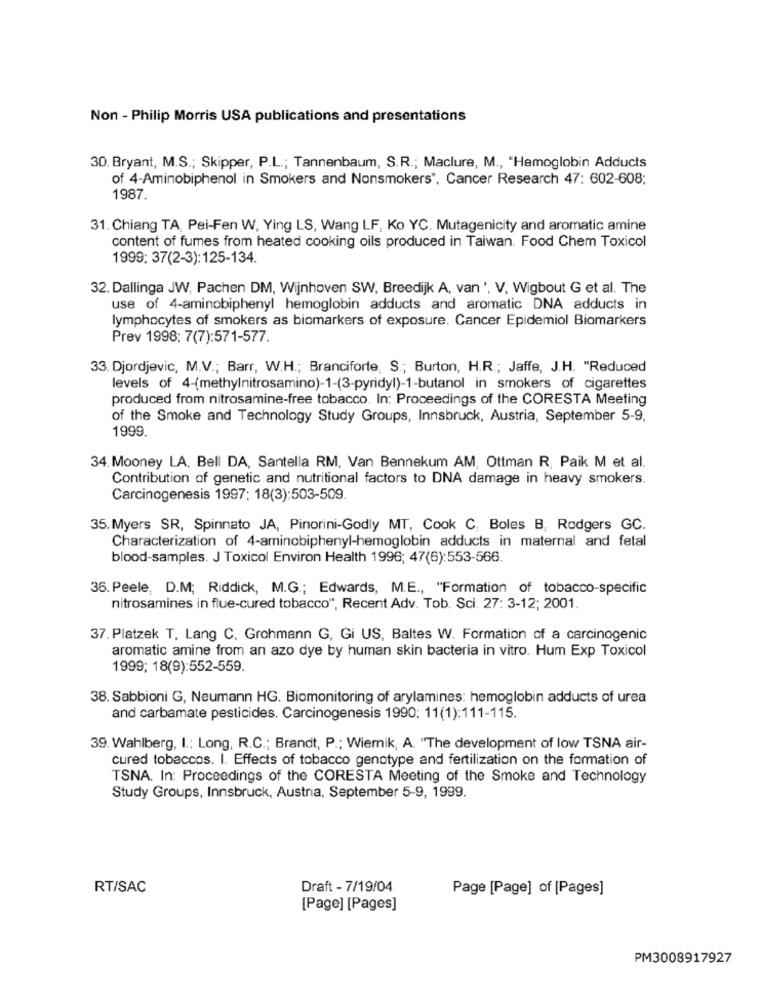
Non - Philip Morris USA publications and presentations
30. Bryant, M.S .; Skipper, P.L .; Tannenbaum, S.R .; Maclure, M ., "Hemoglobin Adducts
of 4-Aminobiphenol in Smokers and Nonsmokers", Cancer Research 47: 602-608;
1987.
31. Chiang TA, Pei-Fen W, Ying LS, Wang LF, Ko YC. Mutagenicity and aromatic amine
content of fumes from heated cooking oils produced in Taiwan. Food Chem Toxicol
1999: 37(2-3):125-134.
32. Dallinga JW, Pachen DM, Wijnhoven SW, Breedijk A, van ', V, Wigbout G et al. The
use of 4-aminobiphenyl hemoglobin adducts and aromatic DNA adducts in
lymphocytes of smokers as biomarkers of exposure. Cancer Epidemiol Biomarkers
Prev 1998: 7(7):571-577.
33. Djordjevic, M.V .; Barr, W.H .; Branciforte, S .; Burton, H.R .; Jaffe, J.H. "Reduced
levels of 4-(methylnitrosamino)-1-(3-pyridyl)-1-butanol in smokers of cigarettes
produced from nitrosamine-free tobacco. In: Proceedings of the CORESTA Meeting
of the Smoke and Technology Study Groups, Innsbruck, Austria, September 5-9,
1999.
34. Mooney LA. Bell DA, Santella RM, Van Bennekum AM, Ottman R, Paik M et al.
Contribution of genetic and nutritional factors to DNA damage in heavy smokers.
Carcinogenesis 1997: 18(3):503-509.
35. Myers SR, Spinnato JA, Pinorini-Godly MT, Cook C, Boles B, Rodgers GC.
Characterization of 4-aminobiphenyl-hemoglobin adducts in maternal and fetal
blood-samples. J Toxicol Environ Health 1996; 47(6):553-566.
36. Peele, D.M; Riddick, M.G .; Edwards, M.E ., "Formation of tobacco-specific
nitrosamines in flue-cured tobacco", Recent Adv. Tob. Sci. 27: 3-12; 2001.
37. Platzek T. Lang C. Grohmann G, Gi US, Baltes W. Formation of a carcinogenic
aromatic amine from an azo dye by human skin bacteria in vitro. Hum Exp Toxicol
1999; 18(9):552-559.
38. Sabbioni G, Neumann HG. Biomonitoring of arylamines: hemoglobin adducts of urea
and carbamate pesticides. Carcinogenesis 1990: 11(1):111-115.
39. Wahlberg, I .: Long, R.C .; Brandt, P .; Wiernik, A. "The development of low TSNA air-
cured tobaccos. I. Effects of tobacco genotype and fertilization on the formation of
TSNA. In: Proceedings of the CORESTA Meeting of the Smoke and Technology
Study Groups, Innsbruck, Austria, September 5-9, 1999.
RT/SAC
Draft - 7/19/04
Page [Page] of [Pages]
[Page] [Pages]
PM3008917927